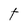
Character: t